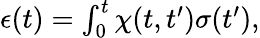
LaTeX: \begin{array}{r}{\epsilon(t)=\int_{0}^{t}\chi(t,t^{\prime})\sigma(t^{\prime}),}\end{array}